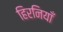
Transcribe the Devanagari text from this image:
हिरनियाँ